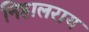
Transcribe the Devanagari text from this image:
निहालराय